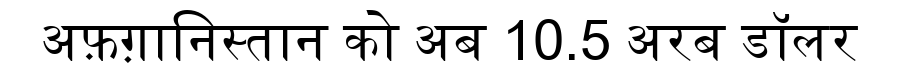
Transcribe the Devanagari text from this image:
अफ़ग़ानिस्तान को अब 10.5 अरब डॉलर